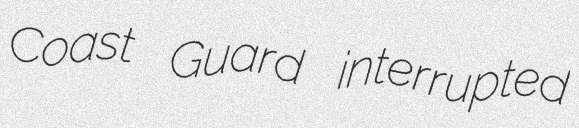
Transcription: Coast Guard interrupted